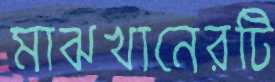
মাঝখানেরটি